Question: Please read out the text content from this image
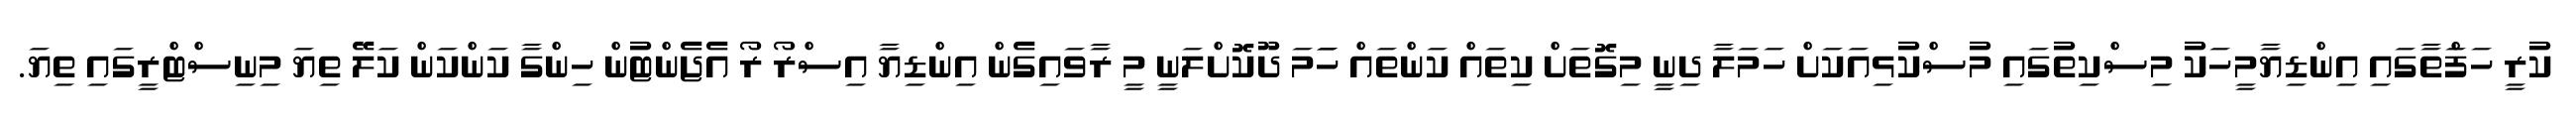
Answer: ކުރީ ހަފަްތާގައި އިންޑިޔާމީހަކު މިސްކިތުގައި މުސްކުޅިއަކަށް ހަމަލާ ދިނީ މިގޮތަށް ކިތައް ކަންތައް ހަަމަ ދޫކޮށްލަނީ މީ ރާވައިގެން އިންޑިޔާ އިސްރޯ ރޯ އެޖެންޓުން ހިންގާ ކަންކަން ކަލޭ ތިޔަ މިނިސްޓްރީގައި ތިޔަ.